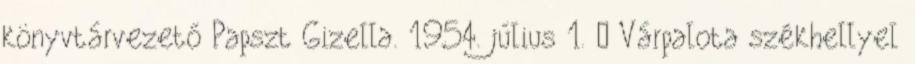
könyvtárvezető Papszt Gizella. 1954. július 1. – Várpalota székhellyel